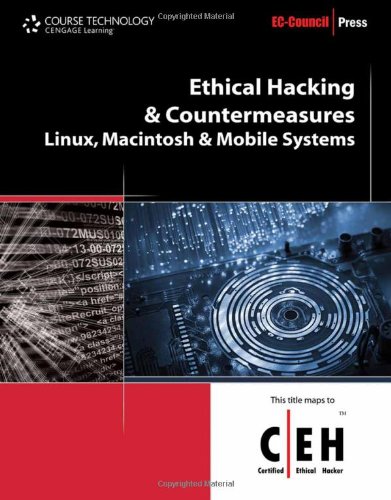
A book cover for Ethical Hacking and Countermeasures: Linux, Macintosh and Mobile Systems (EC-Council Press); EC-Council; Computers & Technology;